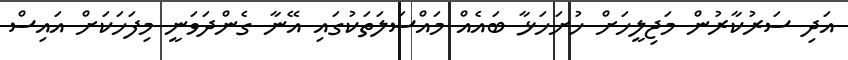
އަދި ސަރުކާރުން މަޖިލީހަށް ހުށަހަޅާ ބައެއް މައްސަލަތަކުގައި އޭނާ ގެންދަވަނީ މިފަހަކަށް އައިސް